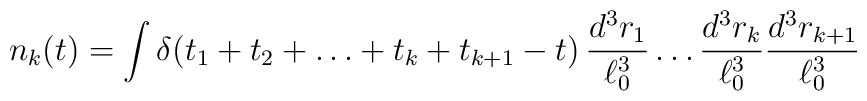
n_{k}(t) = \int\delta(t_{1}+t_{2}+\ldots +t_{k}+t_{k+1}-t)\,\frac{d^{3}r_{1}}{\ell_0^3}\ldots \frac{d^{3}r_{k}}{\ell_0^3}\frac{d^{3}r_{k+1}}{\ell_0^3}